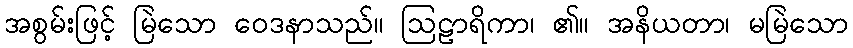
အစွမ်းဖြင့် မြဲသော ဝေဒနာသည်။ ဩဠာရိကာ၊ ၏။ အနိယတာ၊ မမြဲသော